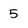
Character: 5